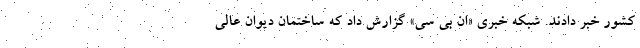
کشور خبر دادند. شبکه خبری «ان بی سی» گزارش داد که ساختمان دیوان عالی